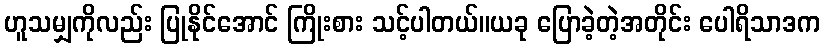
ဟူသမျှကိုလည်း ပြုနိုင်အောင် ကြိုးစား သင့်ပါတယ်။ယခု ပြောခဲ့တဲ့အတိုင်း ပေါရိသာဒက